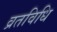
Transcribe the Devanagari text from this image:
व्रतविधि